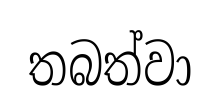
තබත්වා